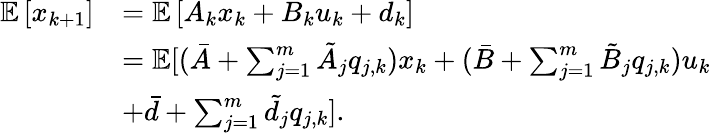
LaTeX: \begin{array}{rl}{\mathbb{E}\left[x_{k+1}\right]}&{=\mathbb{E}\left[A_{k}x_{k}+B_{k}u_{k}+d_{k}\right]}\\ &{=\mathbb{E}[(\bar{A}+\sum_{j=1}^{m}\tilde{A}_{j}q_{j,k})x_{k}+(\bar{B}+\sum_{j=1}^{m}\tilde{B}_{j}q_{j,k})u_{k}}\\ &{+\bar{d}+\sum_{j=1}^{m}\tilde{d}_{j}q_{j,k}].}\end{array}